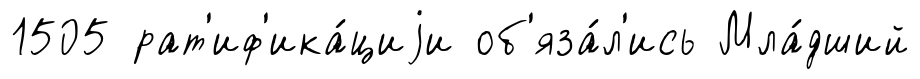
1505 рат'иф'ика́циjи об'яза́л'ись Мла́дший